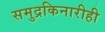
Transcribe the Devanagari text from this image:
समुद्रकिनारीही